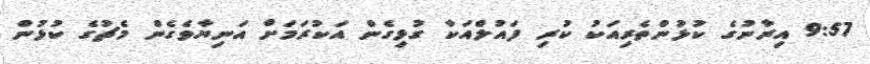
9:57 އިރާނުގެ ކުޅުންތެރިއަކު ކުރި ފައުލްއަކާ ގުޅިގެން އަކުރަމަށް އަނިޔާވެގެން މެޗުގެ ކުޅުން